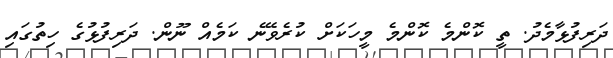
ދަރިފުޅާމެދު. ތީ ކޮންމެ ކޮންމެ މީހަކަށް ކުރެވޭނެ ކަމެއް ނޫން. ދަރިފުޅުގެ ހިތުގައި